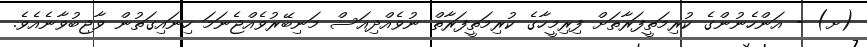
(ށ) - އަންހެނުންގެ ކުރިމަތީފަރާތަށް ފިރިމީހާގެ ކުރިމަތީފަރާތް ނުވެއްދިއަސް މަނިބޭރުވެއްޖެނަމަ ހިނައިގަތުން ވާޖިބުވާނެއެވެ.